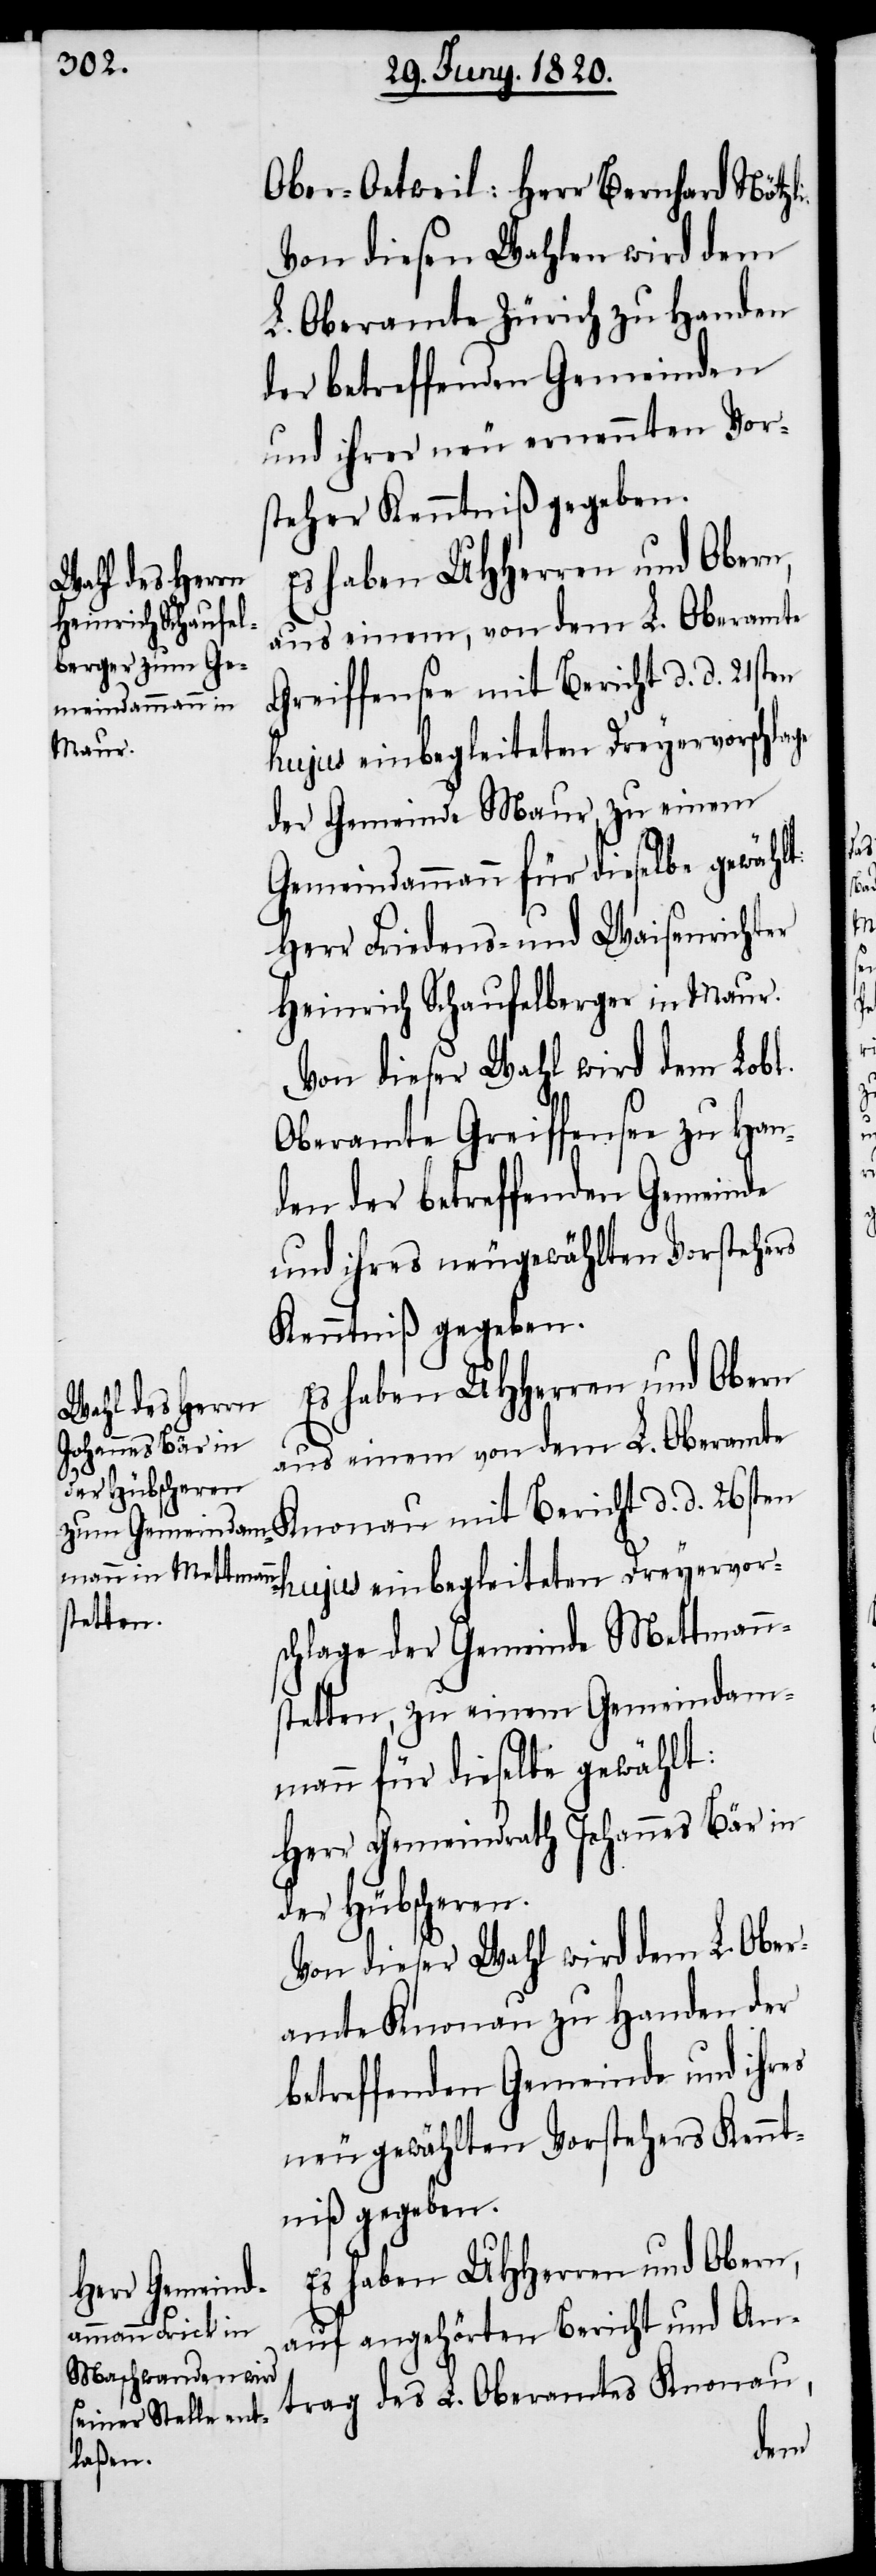
Ober-Oetweil: Herr Bernhard Nötzli.
von diesen Wahlen wird dem
L. Oberamte Zürich zu Handen
der betreffenden Gemeinde,
und ihrer neu ernannten Vor¬
steher Kenntniß gegeben.
aus einem, von dem L. Oberamte
Greiffensee mit Bericht d. d. 21sten
hujus einbegleiteten Dreyervor¬
der Gemeinde Maur zu einem
Gemeindammann für dieselbe gewählt:
Herr Friedens- und Waisenrichter
Heinrich Schaufelberger in Maur.
Von dieser Wahl wird dem Lobl.
Oberamte Greiffensee zu Han¬
den der betreffenden Gemeinde
und ihres neugewählten Vorstehers
Kenntniß gegeben
Es haben UHherren und Obern
aus einem von dem L. Oberamte
Knonau mit Bericht d. d. 26sten
schlage der Gemeinde Mettmann¬
stetten, zu einem Gemeindam¬
mann für dieselbe gewählt:
Herr Gemeindrath Johannes Bär in
der Hübscheren.
Von dieser Wahl wird dem L. Ober¬
amte Knonau zu Handen der
betreffenden Gemeinde und ihres
neu gewählten Vorstehers Kennt¬
niß gegeben.
Es haben UHHerren und Obern,
rn Gemeind¬
auf angehörten Bericht und An¬
ammann Frick in
Maschwanden, die
trag des L. Oberamtes Knonau,
seiner geleiste¬
dem